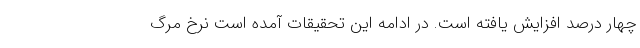
چهار درصد افزایش یافته است. در ادامه این تحقیقات آمده است نرخ مرگ